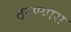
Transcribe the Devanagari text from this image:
ठरण्यास